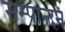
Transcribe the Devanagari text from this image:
सम्पान्दन